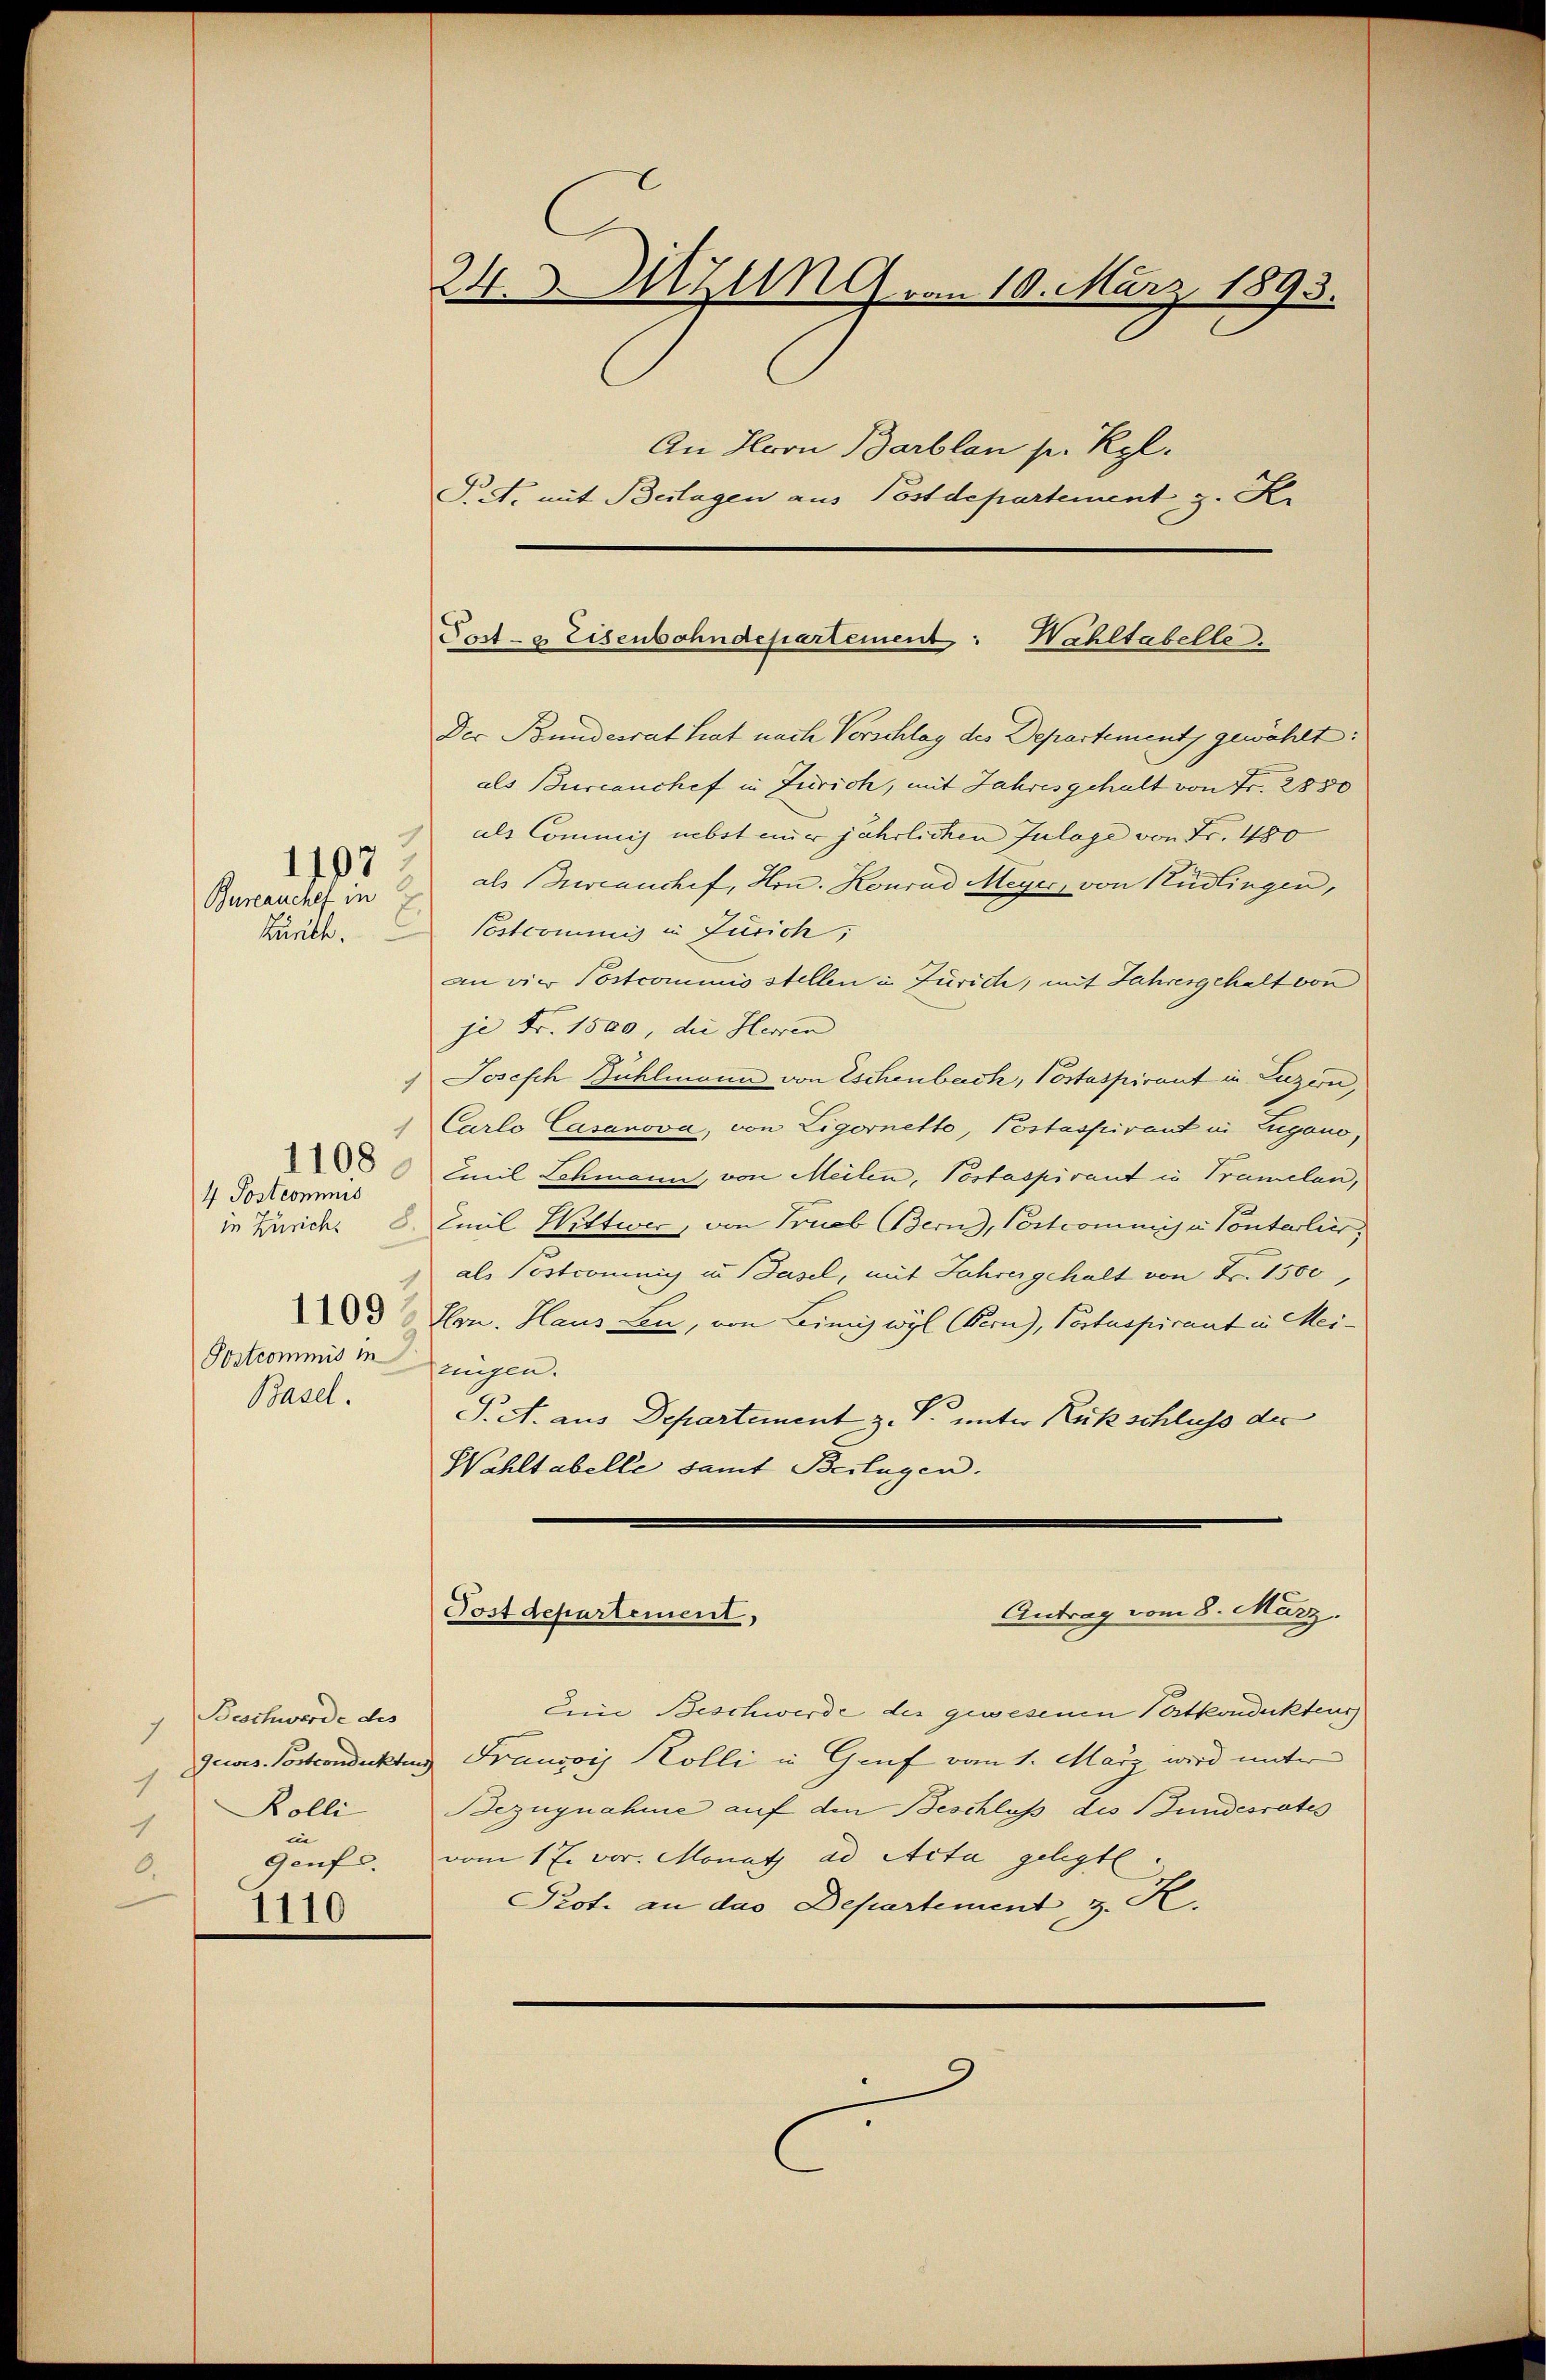
Bureauchef in
kürte.

4 Postcommis
Postcommis in zeigen.
Basel.

1108

1110

Beschwerde des
1
gewes. Postcondukten
1
Rolli
1
Genf.
0.

24.5.MZ.9 am 10. März 1893.
An Herrn Barblan pr. Kgl.
T. A. mit Beilagen aus Postdepartement z. K.

Der Bundesrat hat nach Vorschlag des Departements gewählt:
als Burcanchef in Zürich, mit Jahresgehalt von Fr. 2850
als Commis nebst numer jährlichen Julage von Fr. 480
" als Breveanchef, Hrn. Konrad Meyer, von Rüdlingen,
Postcommis in Zürich,
an die Postcommis stellen in Zürich, mit Jahrengehalt von
je Nr. 1800, die Herren
1 Josefch Bühlmann von Eschenbach, Postaspirant in Luzern,
Carlo Casanova, von Ligernetto, Postaspirant in Zugano,
Amil Lehmann, von Meilen, Postaspirant in Pramelan,
in Zürich. 2. Emil Wittwer, von Trieb Bern, Postcommisi Conterlier,
als Postcommis in Basel, mit Jahrer gehalt von Fr. 1500,
 Hrn. Haus Lu, von Linie wyl Bern), Postspirant in Mei¬
S. c. aus Departement z. B. unter Rückschluss der
Wahltabelle samt Beilagen.

Post- & Eisenbahndepartement: Wahltabelle

Antrag vom 8. März.
Postdepartement,

Ein Beschwerde des gewesenen Portkondukteus
u Francois Kolli in Genf vom 1. März wird unter
Bezugnahme auf den Beschluss des Bundesrates
vom 17. vor. Monath ad Acta gelegt
Prot. an das Departement, z. K.